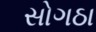
સોગઠા